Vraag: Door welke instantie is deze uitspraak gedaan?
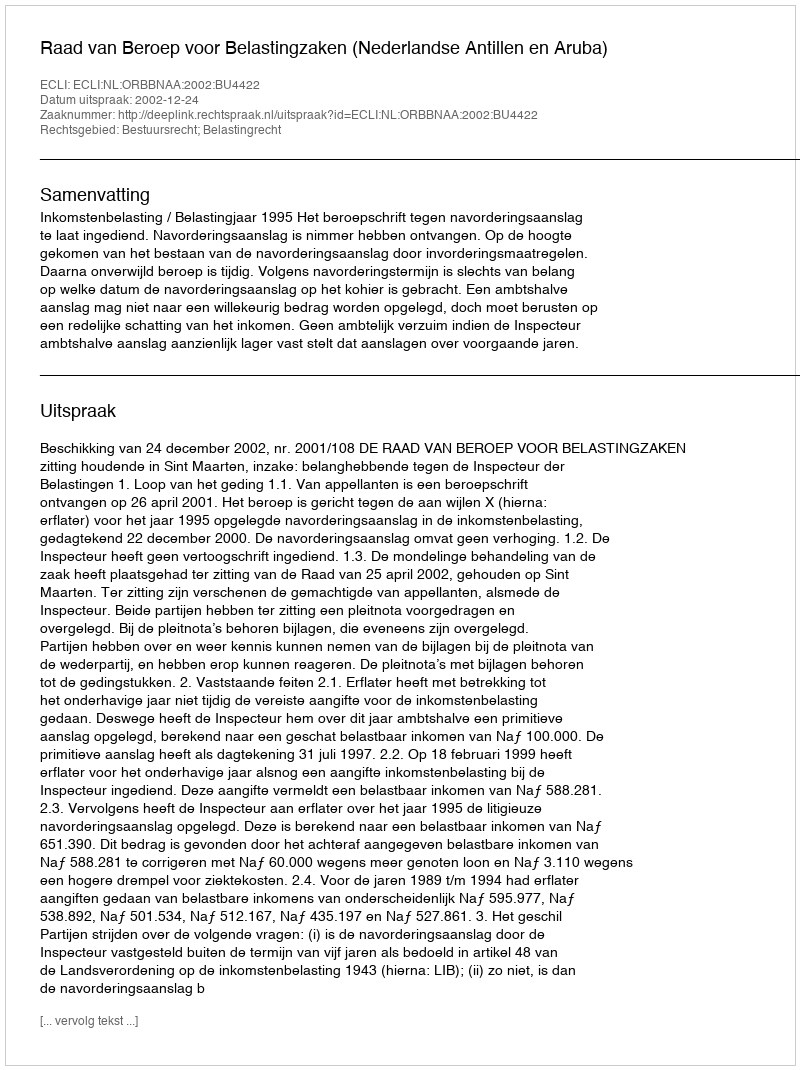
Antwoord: Raad van Beroep voor Belastingzaken (Nederlandse Antillen en Aruba)